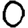
Digit: 0